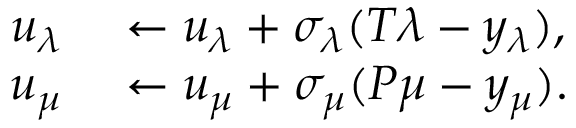
\begin{array} { r l } { u _ { \lambda } } & { { } \leftarrow u _ { \lambda } + \sigma _ { \lambda } ( T \lambda - y _ { \lambda } ) , } \\ { u _ { \mu } } & { { } \leftarrow u _ { \mu } + \sigma _ { \mu } ( P \mu - y _ { \mu } ) . } \end{array}